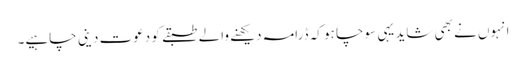
انہوں نے بھی شاید یہی سوچا ہو کہ ڈرامہ دیکھنے والے طبقے کو دعوت دینی چاہیے۔